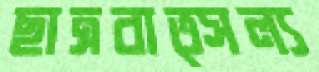
ছাত্রবাত্সল্য